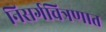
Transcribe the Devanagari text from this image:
निसर्गचित्रणात